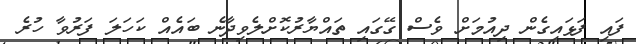
ފައި ފަޅައިގެން ދިއުމަށް ވެސް ގޭގައި ތައްޔާރުކޮށްލެވިދާނެ ބައެއް ކަހަލަ ފަރުވާ ހުރެ